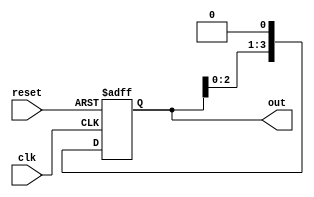
module ring_counter (
    input wire clk,
    input wire reset,
    output reg [3:0] out
);

reg [3:0] state;

always @ (posedge clk or posedge reset)
begin
    if (reset)
        state <= 4'b0001;
    else
        state <= state << 1;
end

assign out = state;

endmodule